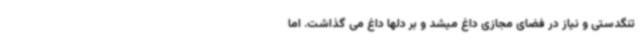
تنگدستی و نیاز در فضای مجازی داغ میشد و بر دلها داغ می گذاشت. اما